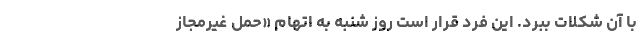
با آن شکلات ببُرد. این فرد قرار است روز شنبه به اتهام «حمل غیرمجاز